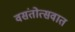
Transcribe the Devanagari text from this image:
वसंतोत्सवात